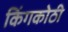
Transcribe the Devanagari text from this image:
किंगकोठी